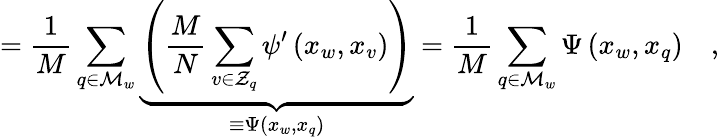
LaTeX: =\frac{1}{M}\sum_{q\in\mathcal{M}_{w}}\underbrace{\left(\frac{M}{N}\sum_{v\in\mathcal{Z}_{q}}\psi^{\prime}\left(x_{w},x_{v}\right)\right)}_{\equiv\Psi(x_{w},x_{q})}=\frac{1}{M}\sum_{q\in\mathcal{M}_{w}}\Psi\left(x_{w},x_{q}\right)\quad,